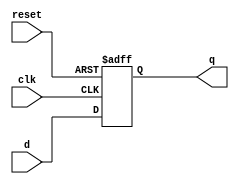
`timescale 1ns / 1ps
/* ***************************** C E C S  4 4 0 *******************************
 * 
 * Project:    Lab_Assignment_4
 * Designer:   Chanartip Soonthornwan
 * Rev. No.:   Version 1.0
 * Rev. Date:  Current Rev. Date 10/7/2017
 *
 * Purpose:    A 32-bit memory holding 32-bit value and output it
 *             on next active clock.
 *
 * ***************************************************************************/
module flipflop32(clk, reset, d, q);

   input     clk, reset;
   input      [31:0]  d;
   output reg [31:0]  q;

   always@(posedge clk, posedge reset) 
      if(reset) q <= 32'b0;
      else      q <= d;

endmodule